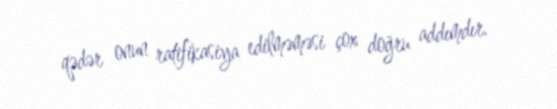
qədər onun ratifikasiya edilməməsi çox doğru addımdır.